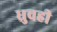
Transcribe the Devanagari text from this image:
ध्रुवही